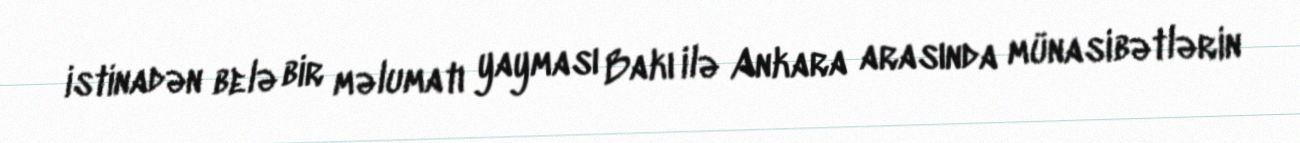
istinadən belə bir məlumatı yayması Bakı ilə Ankara arasında münasibətlərin